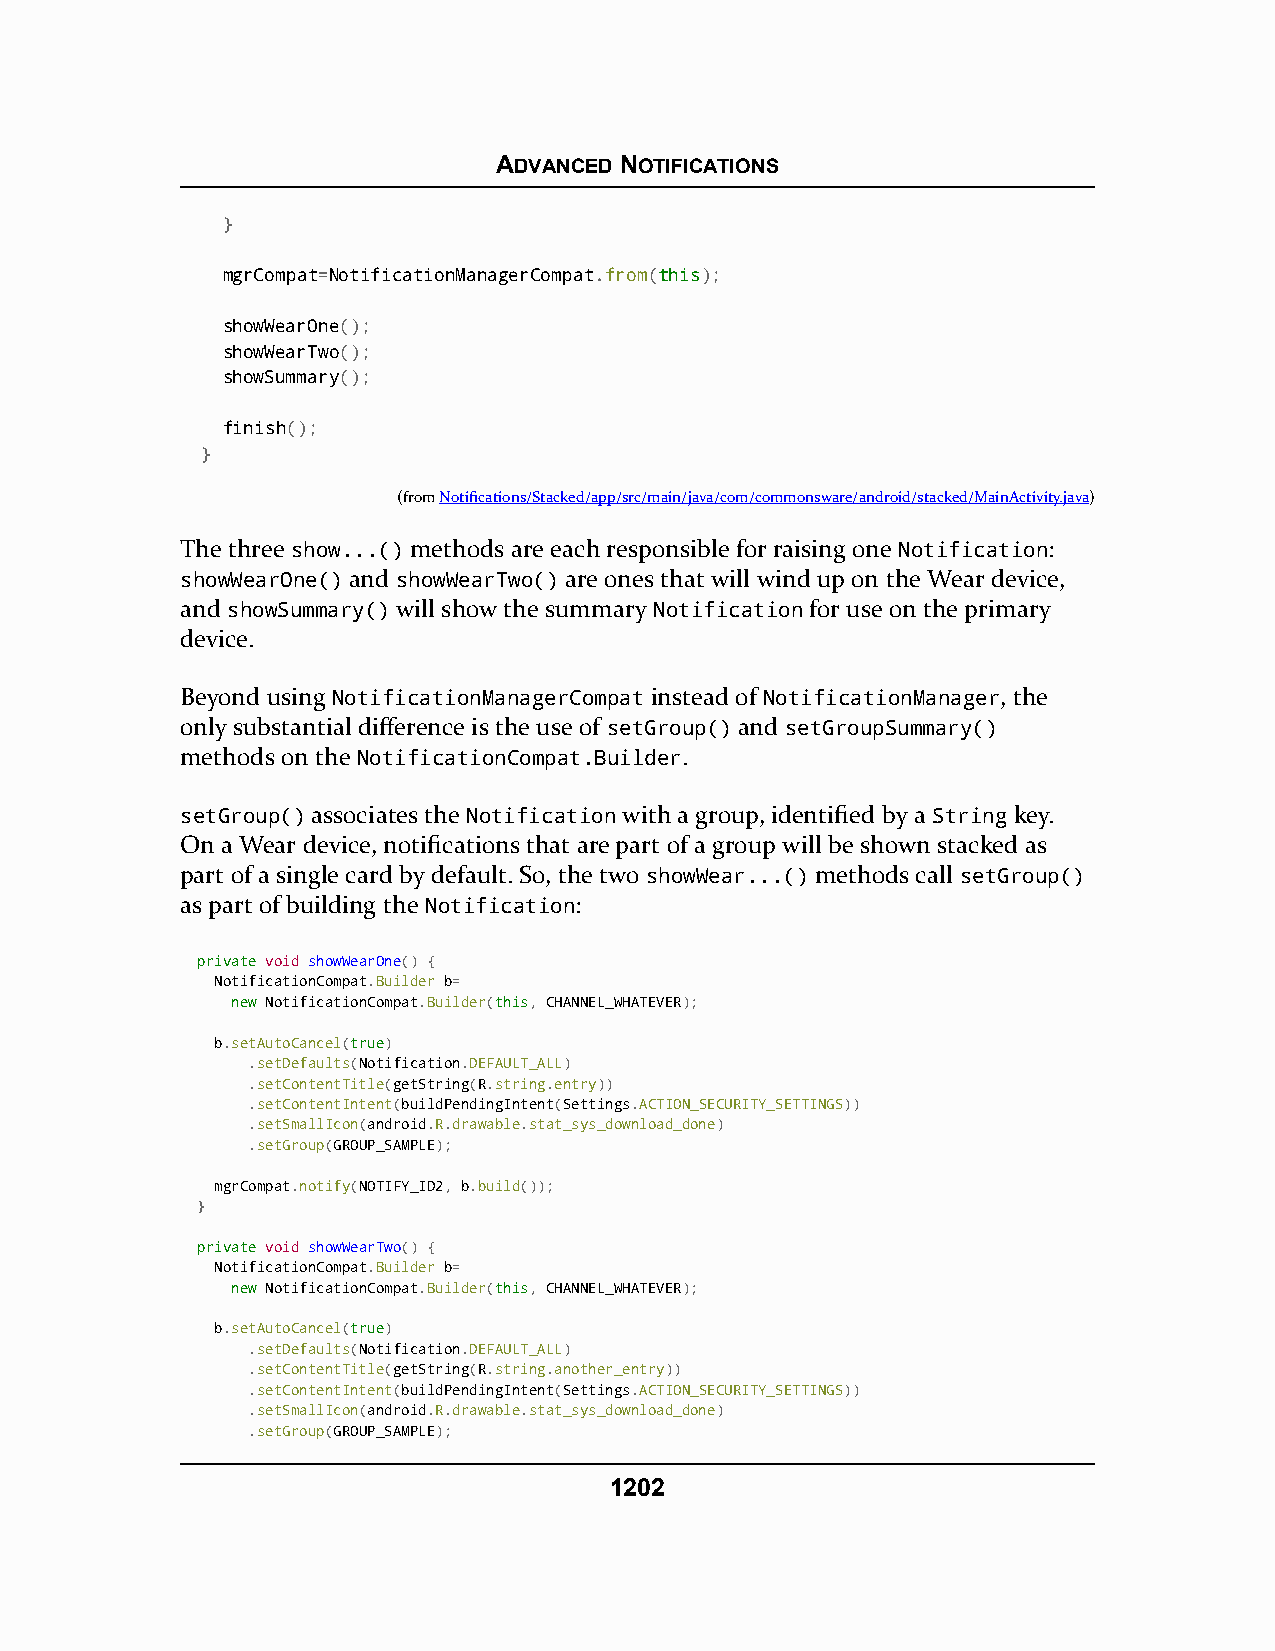
ADVANCED NOTIFICATIONS
 }
 mgrCompat=NotificationManagerCompat.from(tthhiiss);
 showWearOne();
 showWearTwo();
 showSummary();
 finish();
 }
 (fromNotifications/Stacked/app/src/main/java/com/commonsware/android/stacked/MainActivity.java)
 The three show...() methods are each responsible for raising one Notification:
 showWearOne() and showWearTwo() are ones that will wind up on the Wear device,
 and showSummary() will show the summary Notification for use on the primary
 device.
 Beyond using NotificationManagerCompat instead of NotificationManager, the
 only substantial difference is the use of setGroup() and setGroupSummary()
 methods on the NotificationCompat.Builder.
 setGroup() associates the Notification with a group, identified by a String key.
 On a Wear device, notifications that are part of a group will be shown stacked as
 part of a single card by default. So, the two showWear...() methods call setGroup()
 as part of building the Notification:
 pprriivvaattee void showWearOne() {
 NotificationCompat.Builder b=
 nneeww NotificationCompat.Builder(tthhiiss, CHANNEL_WHATEVER);
 b.setAutoCancel(ttrruuee)
 .setDefaults(Notification.DEFAULT_ALL)
 .setContentTitle(getString(R.string.entry))
 .setContentIntent(buildPendingIntent(Settings.ACTION_SECURITY_SETTINGS))
 .setSmallIcon(android.R.drawable.stat_sys_download_done)
 .setGroup(GROUP_SAMPLE);
 mgrCompat.notify(NOTIFY_ID2, b.build());
 }
 pprriivvaattee void showWearTwo() {
 NotificationCompat.Builder b=
 nneeww NotificationCompat.Builder(tthhiiss, CHANNEL_WHATEVER);
 b.setAutoCancel(ttrruuee)
 .setDefaults(Notification.DEFAULT_ALL)
 .setContentTitle(getString(R.string.another_entry))
 .setContentIntent(buildPendingIntent(Settings.ACTION_SECURITY_SETTINGS))
 .setSmallIcon(android.R.drawable.stat_sys_download_done)
 .setGroup(GROUP_SAMPLE);
 1202